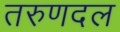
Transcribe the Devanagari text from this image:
तरुणदल